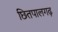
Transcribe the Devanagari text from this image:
छितपालगढ़